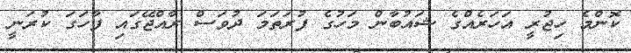
ކޮންމެ ހިޖުރީ އަހަރެއްގެ ޝައުބާން މަހުގެ ފުރަތަމަ ދުވަސް ރާއްޖޭގައި ފާހަގަ ކުރަނީ